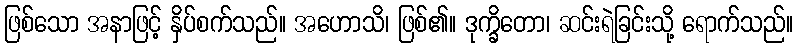
ဖြစ်သော အနာဖြင့် နှိပ်စက်သည်။ အဟောသိ၊ ဖြစ်၏။ ဒုက္ခိတော၊ ဆင်းရဲခြင်းသို့ ရောက်သည်။